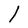
Character: l